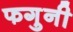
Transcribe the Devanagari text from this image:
फगुनी